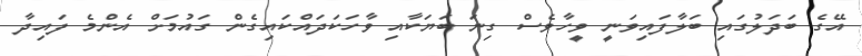
އޭގެ ބަދަލުގައި ބަލާފައިވަނީ ވީހާވެސް ގިނަ ބަޔަކާއި ވާހަކަދައްކައިގެން ގައުމަށް އެންމެ ފައިދާ